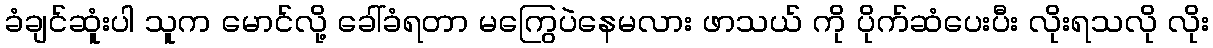
ခံချင်ဆူံးပါ သူက မောင်လို့ ခေါ်ခံရတာ မကြွေပဲနေမလား ဖာသယ် ကို ပိုက်ဆံပေးပီး လိုးရသလို လိုး